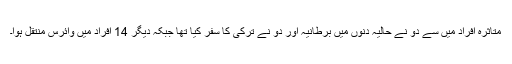
متاثرہ افراد میں سے دو نے حالیہ دنوں میں برطانیہ اور دو نے ترکی کا سفر کیا تھا جبکہ دیگر 14 افراد میں وائرس منتقل ہوا۔